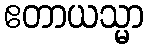
ဧတာယသ္မာ